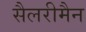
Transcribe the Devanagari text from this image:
सैलरीमैन